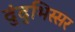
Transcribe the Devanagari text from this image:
दुंदुभिस्सर